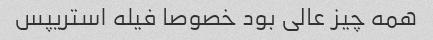
همه چیز عالی بود خصوصا فیله استریپس